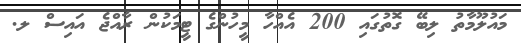
މައުލޫމާތު ލިބޭ ގޮތުގައި 200 އެއްހާ މީހުންގެ ޓީމަކުން ރާއްޖެ އައިސް ލ.